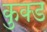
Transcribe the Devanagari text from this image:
कुक्ड